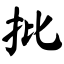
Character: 批